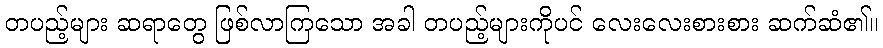
တပည့်များ ဆရာတွေ ဖြစ်လာကြသော အခါ တပည့်များကိုပင် လေးလေးစားစား ဆက်ဆံ၏။